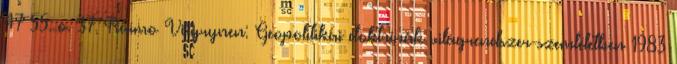
47–55. o. 37. Raimo Väyrynen: Geopolitikai doktrínák világrendszer-szemléletben 1983